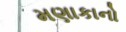
મણાકાનો